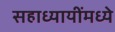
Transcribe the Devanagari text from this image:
सहाध्यायींमध्ये